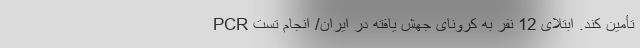
تأمین کند. ابتلای 12 نفر به کرونای جهش یافته در ایران/ انجام تست PCR